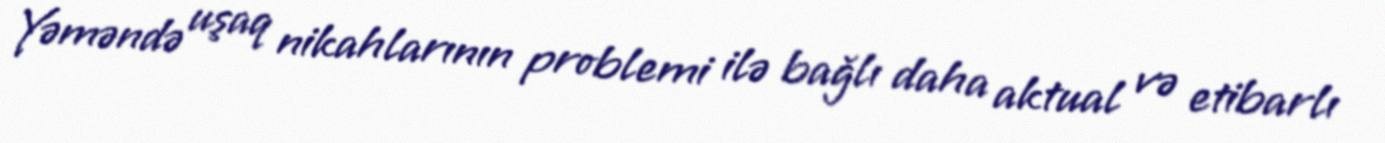
Yəməndə uşaq nikahlarının problemi ilə bağlı daha aktual və etibarlı